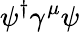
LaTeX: \psi^{\dagger}\gamma^{\mu}\psi